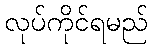
လုပ်ကိုင်ရမည်